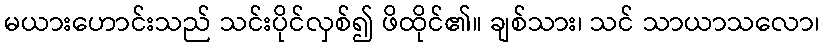
မယားဟောင်းသည် သင်းပိုင်လှစ်၍ ဖိထိုင်၏။ ချစ်သား၊ သင် သာယာသလော၊